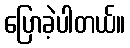
ပြောခဲ့ပါတယ်။